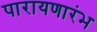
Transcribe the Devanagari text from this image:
पारायणारंभ